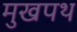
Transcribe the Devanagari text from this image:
मुखपथ